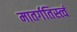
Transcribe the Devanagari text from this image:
मातर्गतिस्त्वं